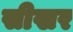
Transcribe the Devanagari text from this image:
सीखर